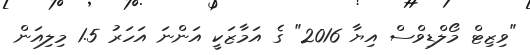
"ވިޒިޓް މޯލްޑިވްސް އިޔާ 2016" ގެ އަމާޒަކީ އަންނަ އަހަރު 1.5 މިލިއަން